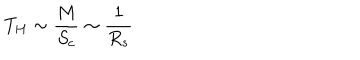
LaTeX: T _ { H } \sim \frac { M } { S _ { c } } \sim \frac { 1 } { R _ { s } }